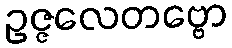
ဥဇ္ဇလေတဗ္ဗော